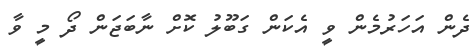
ދެން އަހަރުމެން ވީ އެކަން ގަބޫލު ކޮށް ނާބަޖަން ދޯ މީ ވާ